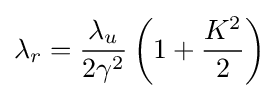
\lambda _{r}={\frac {\lambda _{u}}{2\gamma ^{2}}}\left(1+{\frac {K^{2}}{2}}\right)